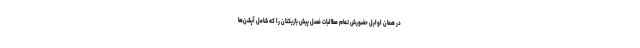
در همان اوایل حضورش تمام مطالبات فصل پیش بازیکنان را که شامل آپشن‌ها